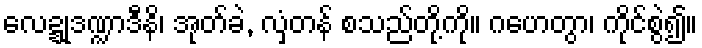
လေဍ္ဍုဒဏ္ဍာဒီနိ၊ အုတ်ခဲ, လှံတန် စသည်တို့ကို။ ဂဟေတွာ၊ ကိုင်စွဲ၍။